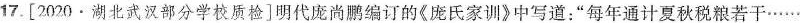
17.[2020 · 湖北武汉部分学校质检]明代庞尚鹏编订的《庞氏家训》中写道：”每年通计夏秋税粮若干……